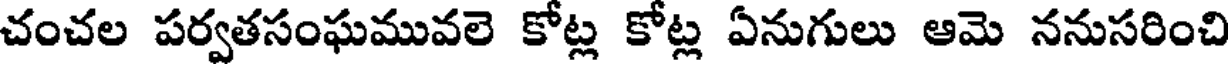
చంచల పర్వతసంఘమువలె కోట్ల కోట్ల ఏనుగులు ఆమె ననుసరించి